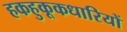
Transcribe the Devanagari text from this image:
हकहुकूकधारियों